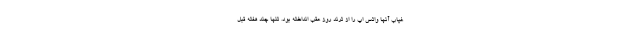
غیاب آنها واتس اپ را از ترند روز عقب انداخته بود. تنها چند هفته قبل